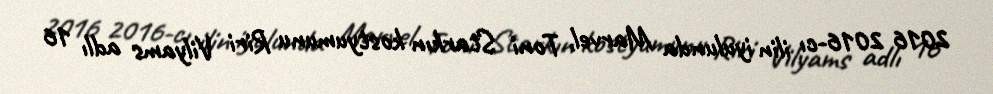
2016 2016-cı ilin iyulunda Marvel, Toni Starkın kostyumunu Riri Vilyams adlı 16